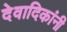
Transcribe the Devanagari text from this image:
देवादिकांनी